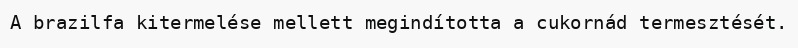
A brazilfa kitermelése mellett megindította a cukornád termesztését.